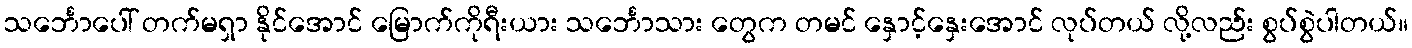
သင်္ဘောပေါ် တက်မရှာ နိုင်အောင် မြောက်ကိုရီးယား သင်္ဘောသား တွေက တမင် နှောင့်နှေးအောင် လုပ်တယ် လို့လည်း စွပ်စွဲပါတယ်။